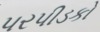
પરપીડકો